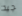
جيد